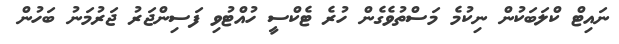
ނައިޓް ކްލަބަކުން ނިކުމެ މަސްތުވެގެން ހުރެ ޓެކްސީ ހުއްޓުވި ފަސިންޖަރު ޖަރުމަނު ބަހުން